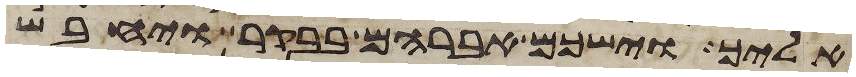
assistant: אליך וישכם אברהם בבקר ויחבש